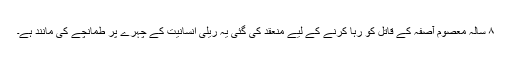
۸ سالہ معصوم آصفہ کے قاتل کو رہا کرنے کے لیے منعقد کی گئی یہ ریلی انسانیت کے چہرے پر طمانچے کی مانند ہے۔